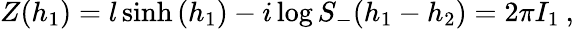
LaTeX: Z(h_{1})=l\sinh\left(h_{1}\right)-i\log S_{-}(h_{1}-h_{2})=2\pi I_{1}\: ,